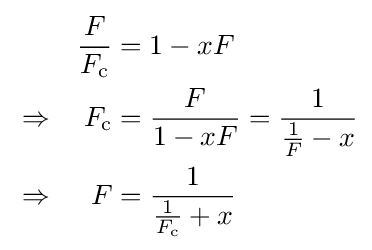
{\begin{aligned}&&{\frac {F}{F_{\text{c}}}}&=1-xF\\&\Rightarrow &F_{\text{c}}&={\frac {F}{1-xF}}={\frac {1}{{\frac {1}{F}}-x}}\\&\Rightarrow &F&={\frac {1}{{\frac {1}{F_{\text{c}}}}+x}}\end{aligned}}